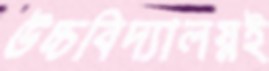
উচ্চবিদ্যালয়ই